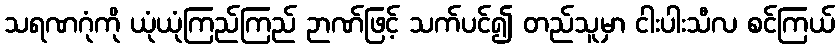
သရဏဂုံကို ယုံယုံကြည်ကြည် ဉာဏ်ဖြင့် သက်ပင်၍ တည်သူမှာ ငါးပါးသီလ စင်ကြယ်